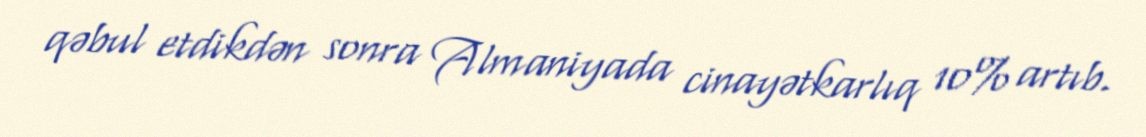
qəbul etdikdən sonra Almaniyada cinayətkarlıq 10% artıb.